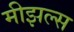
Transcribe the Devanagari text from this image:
मीझल्स